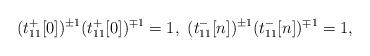
LaTeX: \begin{align*} (t^+_{11}[0])^{\pm 1}(t^+_{11}[0])^{\mp 1}=1,\ (t^-_{11}[n])^{\pm 1}(t^-_{11}[n])^{\mp 1}=1,\end{align*}